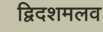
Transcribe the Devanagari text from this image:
द्विदशमलव